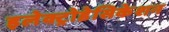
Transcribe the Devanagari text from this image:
इलेक्ट्रोडेसिकेशन